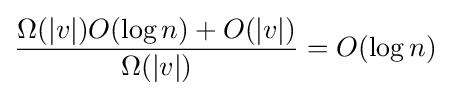
{\Omega (|v|)O(\log n)+O(|v|) \over \Omega (|v|)}=O(\log n)